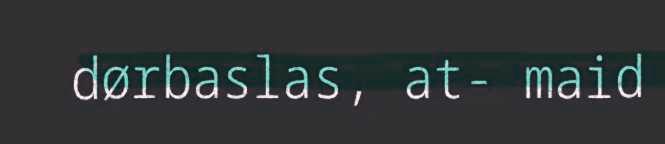
dørbaslas, at- maid